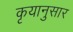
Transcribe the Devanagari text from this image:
कृयानुसार